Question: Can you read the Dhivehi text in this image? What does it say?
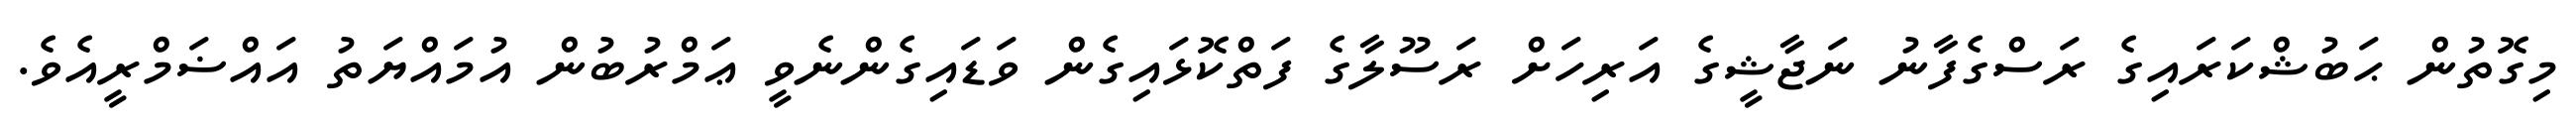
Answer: މިގޮތުން ޙަބުޝްކަރައިގެ ރަސްގެފާނު ނަޖާޝީގެ އަރިހަށް ރަސޫލާގެ ފަތްކޮޅައިގެން ވަޑައިގެންނެވީ ޢަމްރުބުން އުމައްޔަތު އައްޟަމްރީއެވެ.